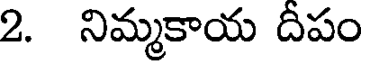
2. నిమ్మకాయ దీపం